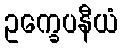
ဥက္ခေပနီယံ